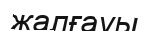
жалғауы